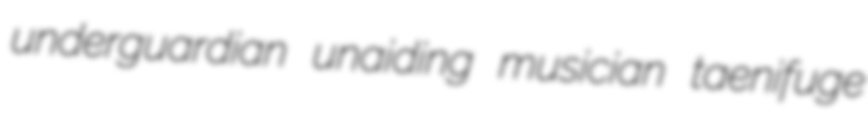
underguardian unaiding musician taenifuge